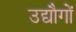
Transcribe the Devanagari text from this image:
उद्यौगों